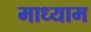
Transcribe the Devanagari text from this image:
माध्याम